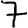
Digit: 7